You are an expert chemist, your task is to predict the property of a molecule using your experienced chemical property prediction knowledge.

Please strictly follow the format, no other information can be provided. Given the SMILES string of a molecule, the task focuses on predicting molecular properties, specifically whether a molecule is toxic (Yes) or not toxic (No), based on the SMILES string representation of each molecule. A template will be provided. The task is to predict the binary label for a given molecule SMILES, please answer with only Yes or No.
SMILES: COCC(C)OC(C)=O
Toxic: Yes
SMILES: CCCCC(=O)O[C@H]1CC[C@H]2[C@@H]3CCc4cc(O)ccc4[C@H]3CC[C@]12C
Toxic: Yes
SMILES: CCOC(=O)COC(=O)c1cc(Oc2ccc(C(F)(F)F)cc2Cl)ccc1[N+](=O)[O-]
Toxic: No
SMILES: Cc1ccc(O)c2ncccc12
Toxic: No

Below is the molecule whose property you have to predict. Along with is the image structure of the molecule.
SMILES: Cc1ccc(-n2nc(C(C)(C)C)cc2NC(=O)Nc2ccc(OCCN3CCOCC3)c3ccccc23)cc1
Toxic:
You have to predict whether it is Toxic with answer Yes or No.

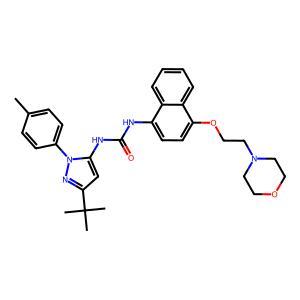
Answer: No